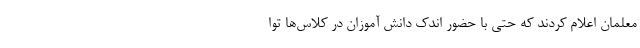
معلمان اعلام کردند که حتی با حضور اندک دانش آموزان در کلاس‌ها توا